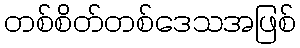
တစ်စိတ်တစ်ဒေသအဖြစ်